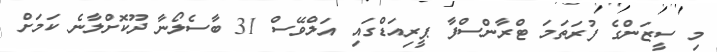
މި ސީޒަންގެ ފުރަތަމަ ޓްރާންސްފާ ޕީރިއަޑްގައި އަލްވޭސް 31 ބާސެލޯނާ ދޫކޮށްލާނެ ކަމަށް